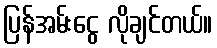
ပြန်အမ်းငွေ လိုချင်တယ်။